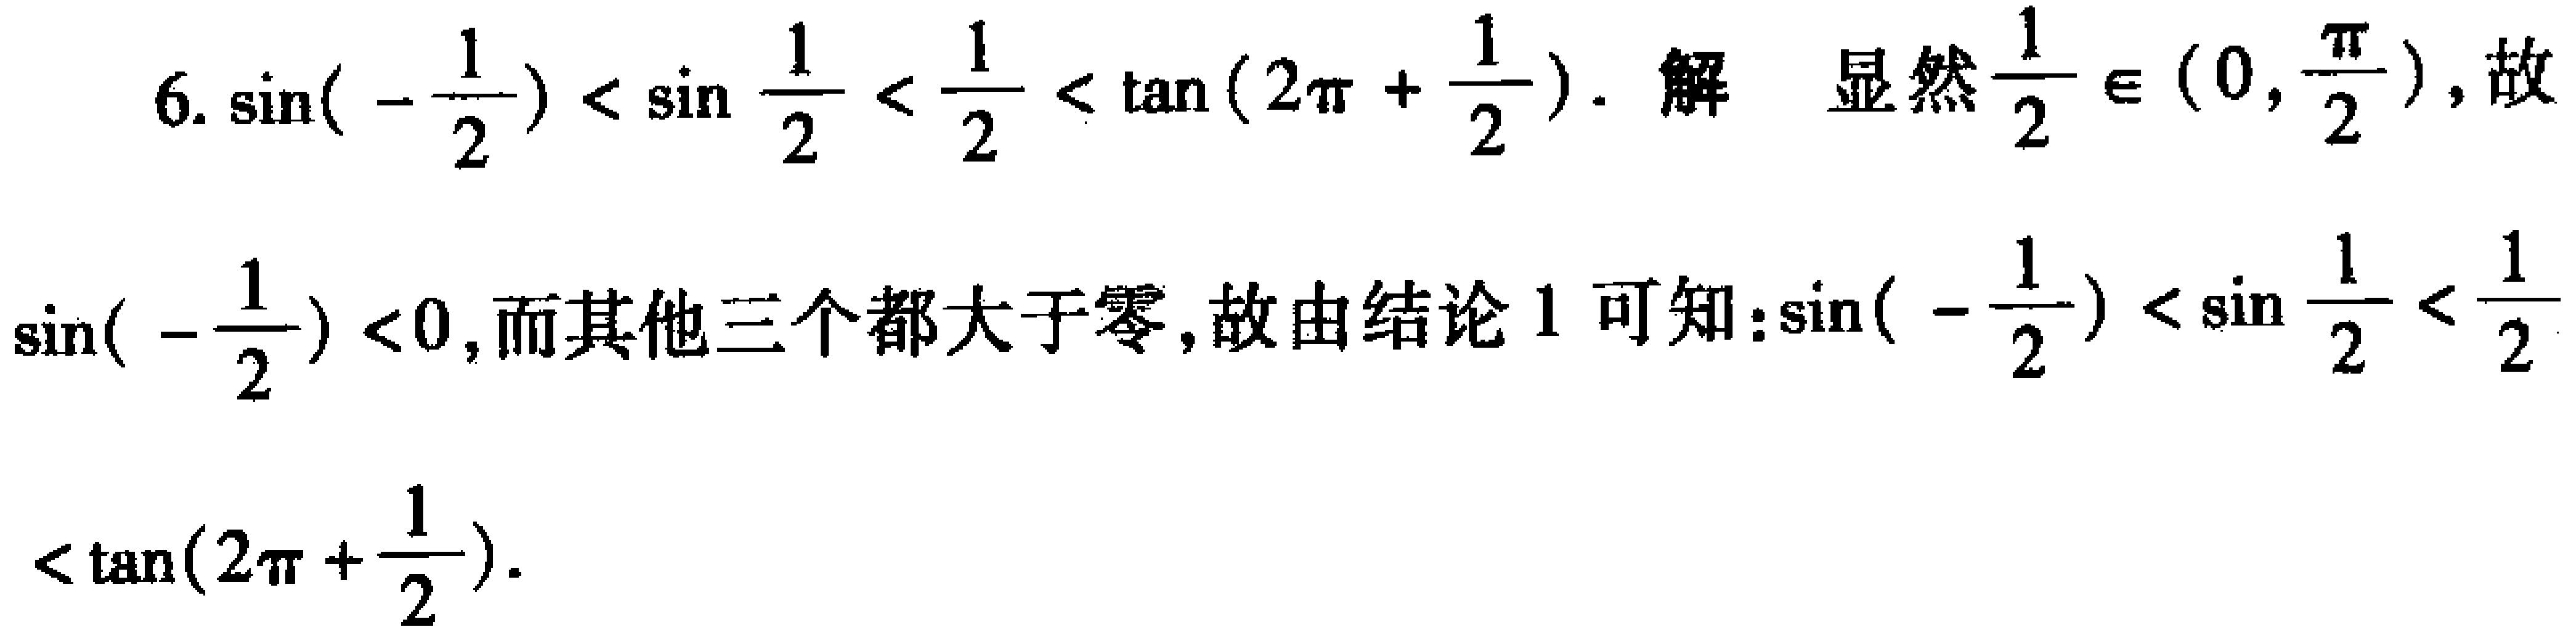
6. $\sin(-\frac{1}{2}) < \sin\frac{1}{2} < \frac{1}{2} < \tan(2\pi + \frac{1}{2})$. 解 显然$\frac{1}{2} \in (0,\frac{\pi}{2})$, 故

$\sin(-\frac{1}{2}) < 0$, 而其他三个都大于零, 故由结论 1 可知: $\sin(-\frac{1}{2}) < \sin\frac{1}{2} < \frac{1}{2}$

$< \tan(2\pi + \frac{1}{2})$.